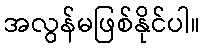
အလွန်မဖြစ်နိုင်ပါ။